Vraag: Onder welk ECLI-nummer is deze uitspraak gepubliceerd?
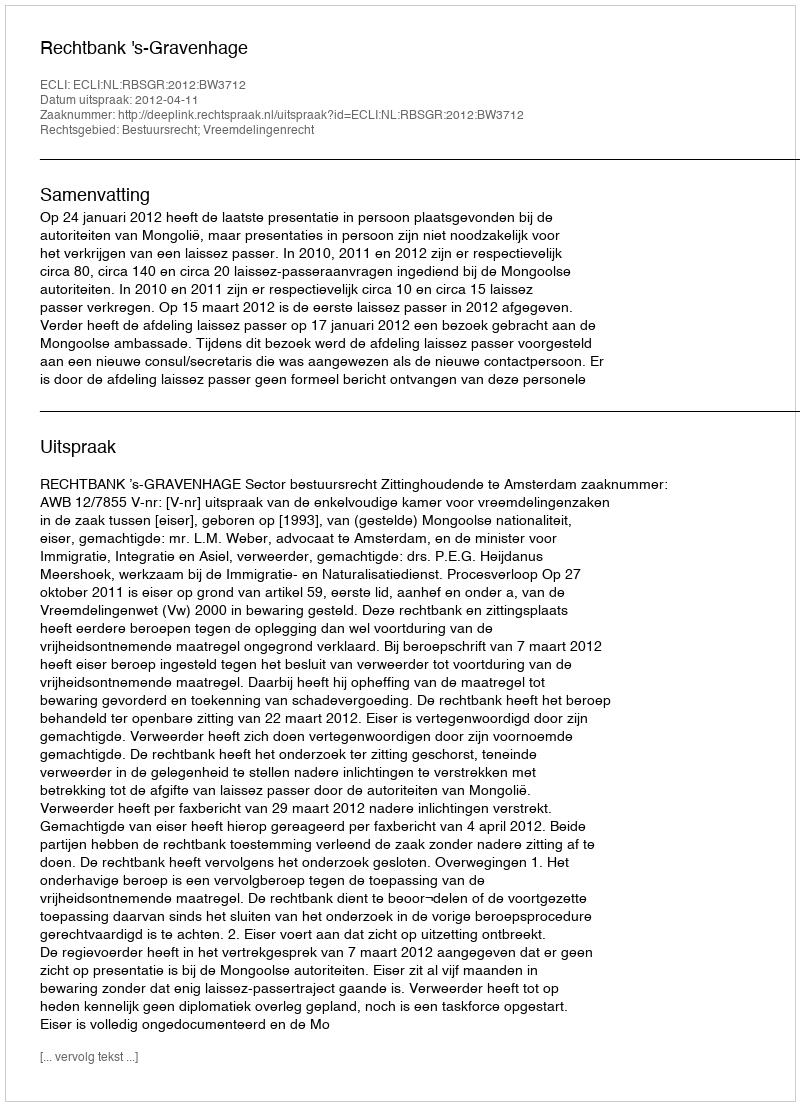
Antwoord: ECLI:NL:RBSGR:2012:BW3712